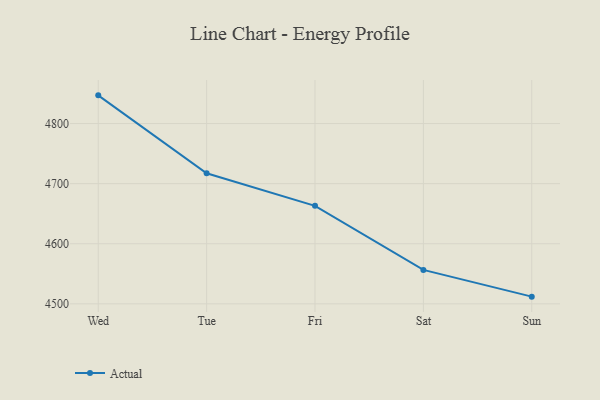
{"axis": {"x": "Day", "y": "Revenue (USD Million)"}, "legend": ["Actual"], "data": [{"x": "Wed", "y": 4846.9, "type": "Actual"}, {"x": "Tue", "y": 4717.2, "type": "Actual"}, {"x": "Fri", "y": 4663.1, "type": "Actual"}, {"x": "Sat", "y": 4556.5, "type": "Actual"}, {"x": "Sun", "y": 4512.0, "type": "Actual"}]}